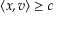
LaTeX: \langle x , v \rangle \geq c